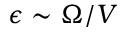
\epsilon \sim \Omega / V